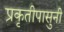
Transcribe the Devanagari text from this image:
प्रकृतीपासुनी